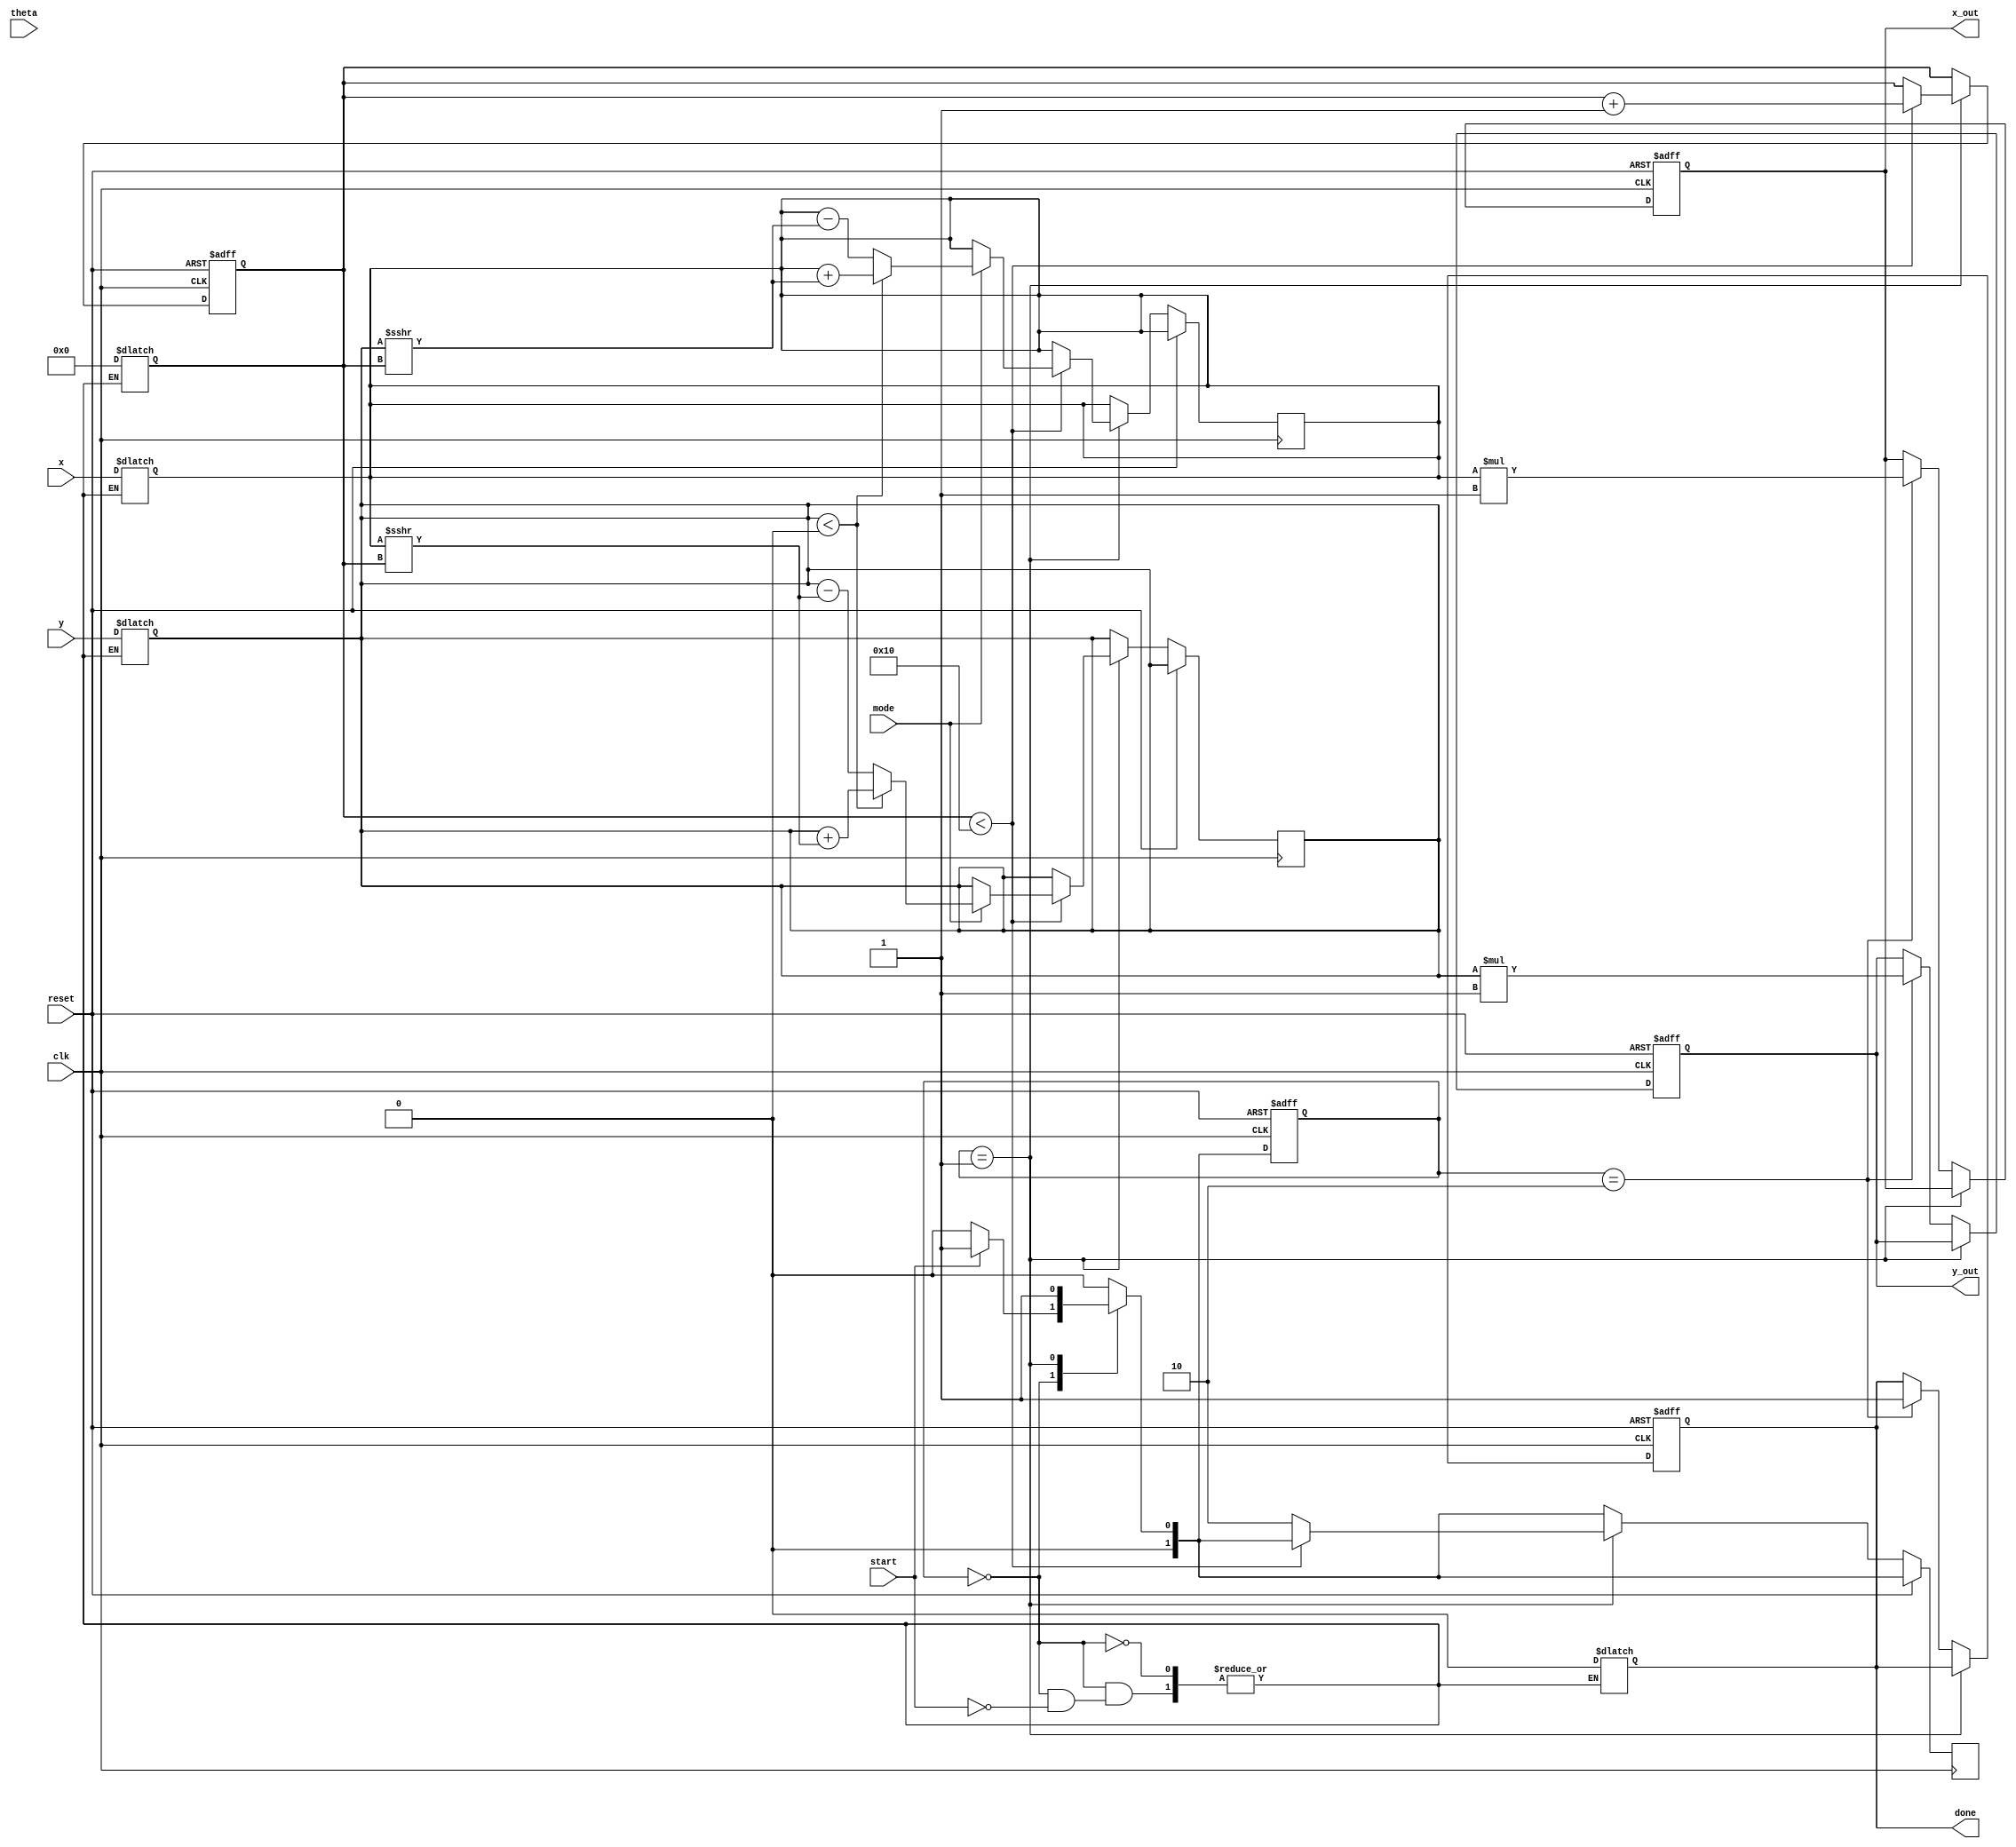
module hyperbolic_cordic (
    input wire [15:0] x,        // x-coordinate input
    input wire [15:0] y,        // y-coordinate input
    input wire [15:0] theta,     // angle in radians
    input wire mode,            // mode: 0 for circular, 1 for hyperbolic
    input wire start,           // start signal
    input wire clk,             // clock signal
    input wire reset,           // reset signal
    output reg [15:0] x_out,    // output for hyperbolic cosine
    output reg [15:0] y_out,    // output for hyperbolic sine
    output reg done             // done signal
);

    // Internal parameters
    parameter IDLE = 2'b00, COMPUTE = 2'b01, DONE = 2'b10;
    parameter NUM_ITERATIONS = 16; // Number of iterations for the CORDIC algorithm

    // Internal signals
    reg [1:0] state, next_state;
    reg [15:0] x_reg, y_reg;
    reg [15:0] theta_reg;
    reg [3:0] i; // iteration counter
    reg [15:0] angle_lut [0:NUM_ITERATIONS-1]; // Angle Lookup Table
    reg [15:0] scaling_factor = 16'h1; // Scaling factor, adjust as necessary

    // Initialization of angle LUT for hyperbolic functions
    initial begin
        // Populate LUT with hyperbolic angle values (this is a placeholder)
        angle_lut[0] = 16'h0001; // arctanh(1)
        angle_lut[1] = 16'h0002; // arctanh(2)
        // Continue filling out the LUT...
    end

    // State transition logic
    always @(posedge clk or posedge reset) begin
        if (reset) begin
            state <= IDLE;
            i <= 0;
            x_out <= 0;
            y_out <= 0;
            done <= 0;
        end else begin
            state <= next_state;
            if (state == COMPUTE) begin
                if (i < NUM_ITERATIONS) begin
                    // Perform CORDIC rotation based on current iteration
                    if (mode) begin // Hyperbolic mode
                        // Hyperbolic CORDIC rotation logic
                        if (y_reg < 0) begin
                            x_reg <= x_reg + (y_reg >>> i);
                            y_reg <= y_reg + (x_reg >>> i);
                        end else begin
                            x_reg <= x_reg - (y_reg >>> i);
                            y_reg <= y_reg - (x_reg >>> i);
                        end
                    end else begin // Circular mode
                        // Circular CORDIC rotation logic (if needed)
                    end
                    i <= i + 1; // Increment iteration counter
                end else begin
                    next_state <= DONE;
                end
            end else if (state == DONE) begin
                x_out <= x_reg * scaling_factor; // Scale output
                y_out <= y_reg * scaling_factor; // Scale output
                done <= 1;
            end
        end
    end

    // Next state logic
    always @(*) begin
        case (state)
            IDLE: begin
                if (start) begin
                    x_reg = x; // Initialize registers
                    y_reg = y;
                    theta_reg = theta;
                    i = 0;
                    next_state = COMPUTE;
                    done = 0;
                end else begin
                    next_state = IDLE;
                end
            end
            COMPUTE: begin
                next_state = COMPUTE; // Stay in compute state
            end
            DONE: begin
                next_state = IDLE; // Go back to IDLE after done
            end
            default: next_state = IDLE;
        endcase
    end

endmodule